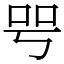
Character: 㕺